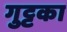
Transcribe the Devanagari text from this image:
गुट्टका